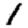
Digit: 1